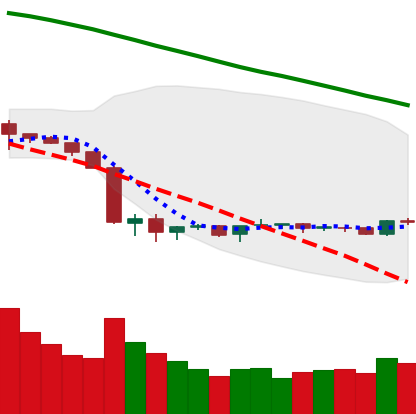
Ticker: BNB-USD
Chart end date: 2019-10-08
Forward return: 13.657%
Label: up_7plus